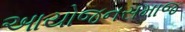
આયોજનસમાજ